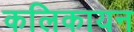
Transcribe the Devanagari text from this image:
कलिकायन